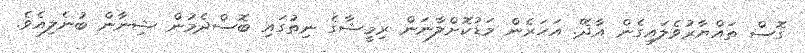
ގޮސް ތައްޔާރުވެލައިގެން އާދޭ. އަހަރެން މަޑުކޮށްލާނަން ރިމީޝާގެ ނިތުގައި ބޮސްދެމުން ޝިނާން ބުނެލިއެވެ.